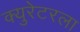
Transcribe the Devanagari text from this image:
क्युरेटरला